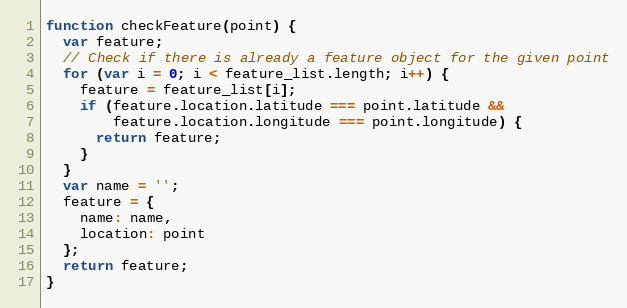
Language: JavaScript
function checkFeature(point) {
  var feature;
  // Check if there is already a feature object for the given point
  for (var i = 0; i < feature_list.length; i++) {
    feature = feature_list[i];
    if (feature.location.latitude === point.latitude &&
        feature.location.longitude === point.longitude) {
      return feature;
    }
  }
  var name = '';
  feature = {
    name: name,
    location: point
  };
  return feature;
}